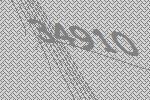
34910